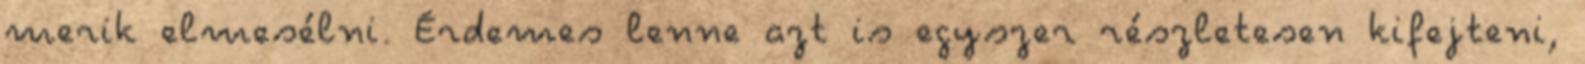
merik elmesélni. Érdemes lenne azt is egyszer részletesen kifejteni,